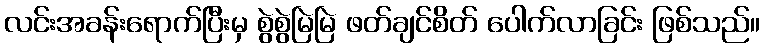
လင်းအခန်းရောက်ပြီးမှ စွဲစွဲမြဲမြဲ ဖတ်ချင်စိတ် ပေါက်လာခြင်း ဖြစ်သည်။